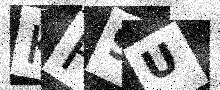
Text: KF9U